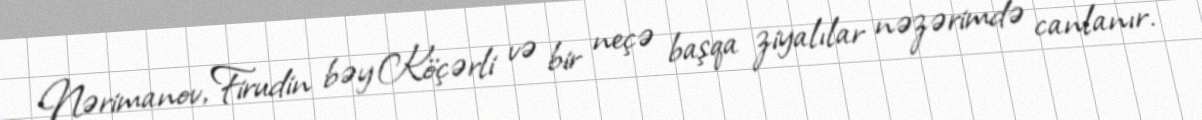
Nərimanov, Firudin bəy Köçərli və bir neçə başqa ziyalılar nəzərimdə canlanır.